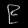
Digit: ၉